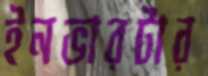
ইনভারটার